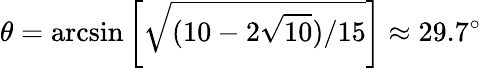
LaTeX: \theta=\arcsin\left[\sqrt{(10-2\sqrt{10})/15}\right]\approx 29.7^{\circ}